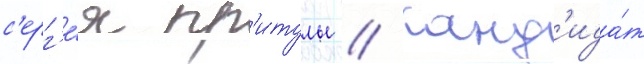
с'ерг'е́я пр'итулы // Канд'ида́т